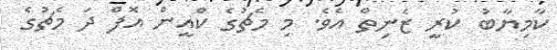
ކާމިޔާބު ކުރީ ޒެނިތް އެވެ. މި މެޗުގެ ކްއީން އޮފް ދަ މެޗުގެ